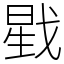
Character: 戥